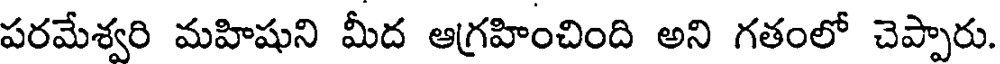
పరమేశ్వరి మహిషుని మీద ఆగ్రహించింది అని గతంలో చెప్పారు.